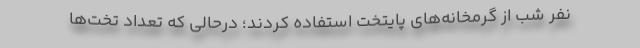
نفر شب از گرمخانه‌های پایتخت استفاده کردند؛ درحالی که تعداد تخت‌ها